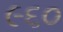
૯૬૦